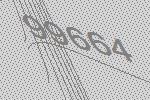
99664